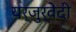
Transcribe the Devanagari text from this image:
यर्जुर्वेेदी